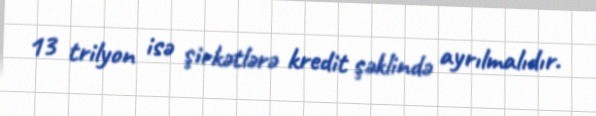
13 trilyon isə şirkətlərə kredit şəklində ayrılmalıdır.